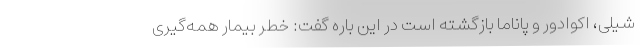
شیلی، اکوادور و پاناما بازگشته است در این باره گفت: خطر بیمار همه‌گیری